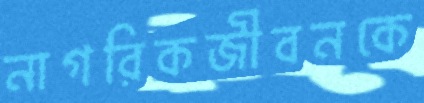
নাগরিকজীবনকে